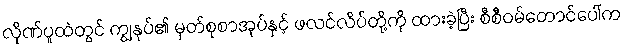
လိုဏ်ပူထဲတွင် ကျွနုပ်၏ မှတ်စုစာအုပ်နှင့် ဖလင်လိပ်တို့ကို ထားခဲ့ပြီး စီစီဝမ်တောင်ပေါ်က